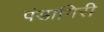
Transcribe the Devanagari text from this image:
पंडागिरी